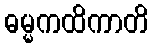
ဓမ္မကထိကာတိ